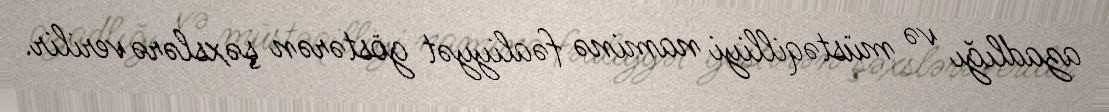
azadlığı və müstəqilliyi naminə fəaliyyət göstərən şəxslərə verilir.